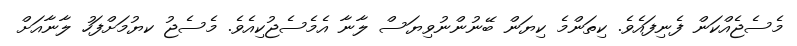
މެސެޖެއްކަން ފެނިފައެވެ. ކިތަންމެ ކިޔަން ބޭނުންނުވިޔަސް ލާނާ އެމެސެޖުކިއެވެ. މެސެޖު ކޔުމަށްފަހު ލާނާއަށް